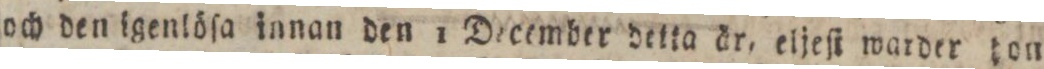
och den igenlöſa innan den 1 December detta är, eljeſt warder don